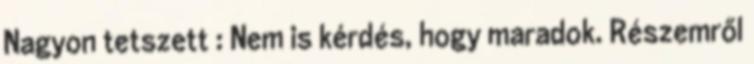
Nagyon tetszett : Nem is kérdés, hogy maradok. Részemről